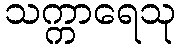
သက္ကာရေသု